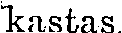
kastas.